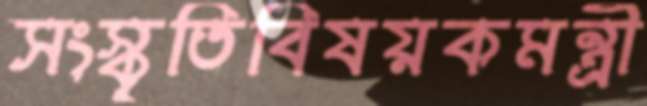
সংস্কৃতিবিষয়কমন্ত্রী